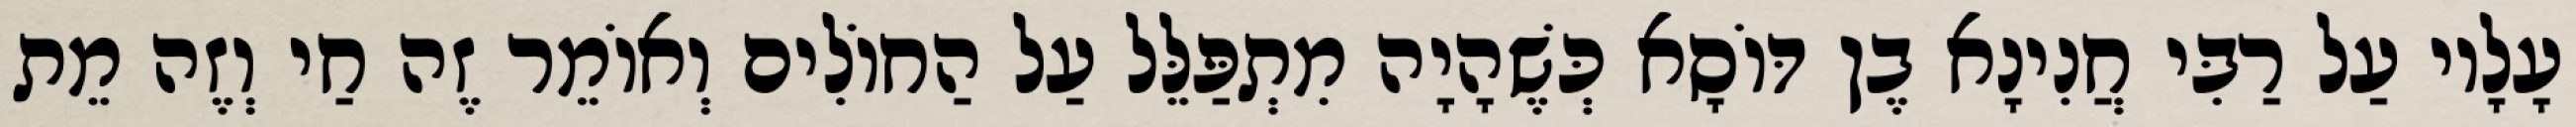
עָלָיו עַל רַבִּי חֲנִינָא בֶן דּוֹסָא כְּשֶׁהָיָה מִתְפַּלֵּל עַל הַחוֹלִים וְאוֹמֵר זֶה חַי וְזֶה מֵת